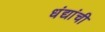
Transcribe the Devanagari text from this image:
धंद्यांची